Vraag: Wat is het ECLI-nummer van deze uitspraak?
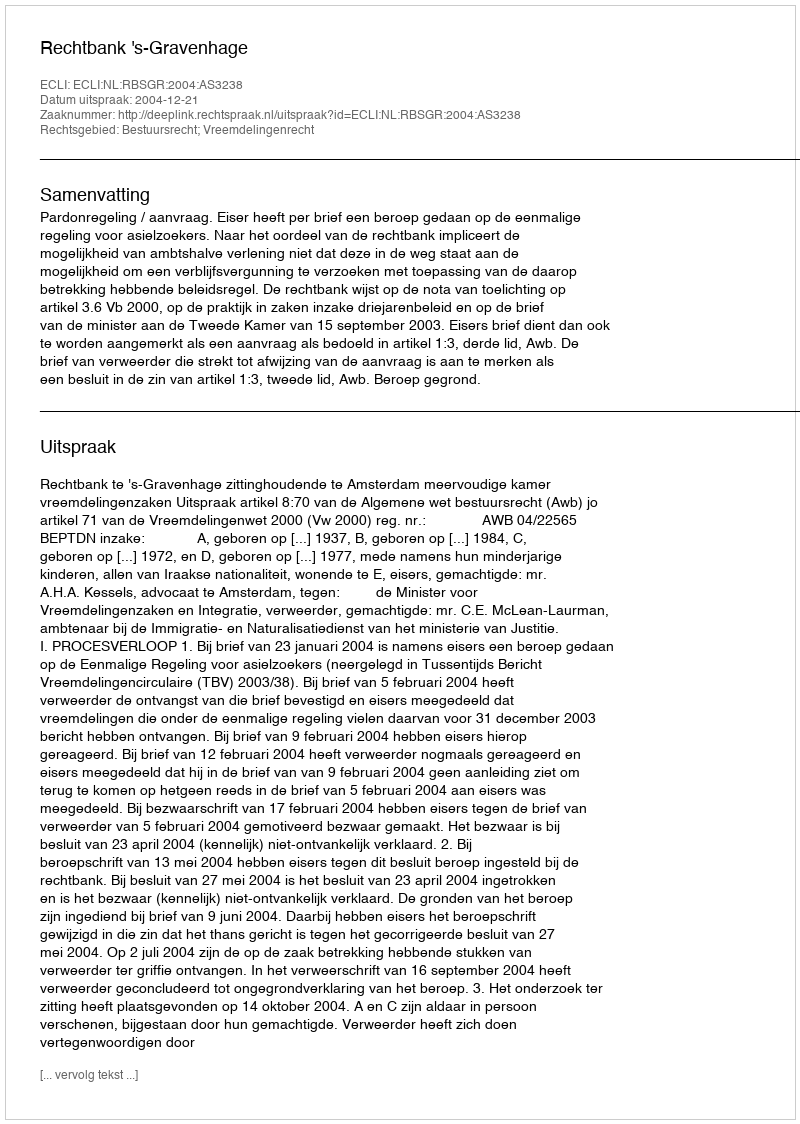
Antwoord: ECLI:NL:RBSGR:2004:AS3238